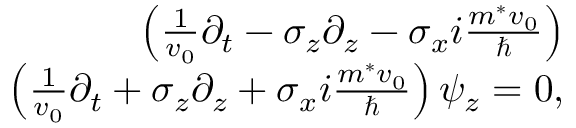
\begin{array} { r l r } & { } & { \left( \frac { 1 } { v _ { 0 } } \partial _ { t } - \sigma _ { z } \partial _ { z } - \sigma _ { x } i \frac { m ^ { * } v _ { 0 } } { \hbar } \right) } \\ & { } & { \left( \frac { 1 } { v _ { 0 } } \partial _ { t } + \sigma _ { z } \partial _ { z } + \sigma _ { x } i \frac { m ^ { * } v _ { 0 } } { \hbar } \right) \psi _ { z } = 0 , } \end{array}